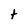
Character: t